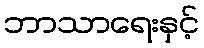
ဘာသာရေးနှင့်